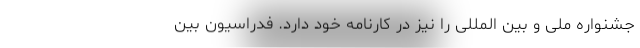
جشنواره ملی و بین المللی را نیز در کارنامه خود دارد. فدراسیون بین